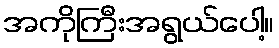
အကိုကြီးအရွယ်ပေါ့။